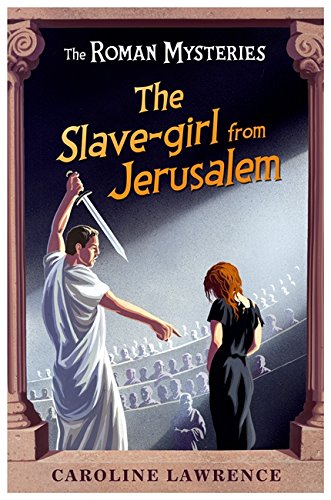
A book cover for The Slave-Girl from Jerusalem (The Roman Mysteries); Caroline Lawrence; Teen & Young Adult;